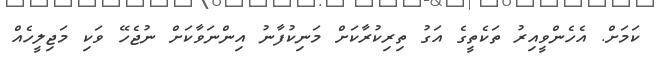
ކަމަށް. އެހެންވީއިރު ތަކެތީގެ އަގު ތިރިކުރާކަށް މަނިކުފާނު އިންނަވާކަށް ނުޖެހޭ ވަކި މަޖިލީހެއް